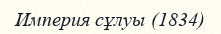
Империя сұлуы (1834)